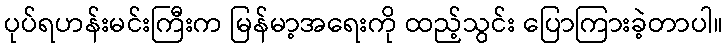
ပုပ်ရဟန်းမင်းကြီးက မြန်မာ့အရေးကို ထည့်သွင်း ပြောကြားခဲ့တာပါ။